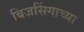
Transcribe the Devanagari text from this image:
बिजसिंगाच्या